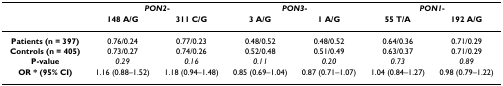
|  | <COLSPAN=2> PON2- | <COLSPAN=2> PON3- | <COLSPAN=2> PON1- |
 |  | 148 A/G | 311 C/G | 3 A/G | 1 A/G | 55 T/A | 192 A/G |
 | --- | --- | --- | --- | --- | --- | --- |
 | Patients (n = 397) | 0.76/0.24 | 0.77/0.23 | 0.48/0.52 | 0.48/0.52 | 0.64/0.36 | 0.71/0.29 |
 | Controls (n = 405) | 0.73/0.27 | 0.74/0.26 | 0.52/0.48 | 0.51/0.49 | 0.63/0.37 | 0.71/0.29 |
 | P-value | 0.29 | 0.16 | 0.11 | 0.20 | 0.73 | 0.89 |
 | OR * (95% CI) | 1.16 (0.88–1.52) | 1.18 (0.94–1.48) | 0.85 (0.69–1.04) | 0.87 (0.71–1.07) | 1.04 (0.84–1.27) | 0.98 (0.79–1.22) |